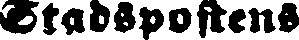
Stadspostens